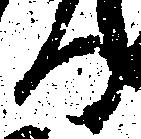
る